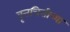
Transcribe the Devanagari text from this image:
वृत्तचित्तीच्या